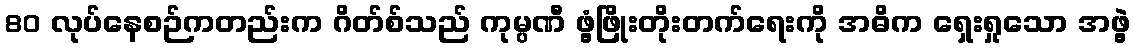
80 လုပ်နေစဉ်ကတည်းက ဂိတ်စ်သည် ကုမ္ပဏီ ဖွံ့ဖြိုးတိုးတက်ရေးကို အဓိက ရှေးရှုသော အဖွဲ့